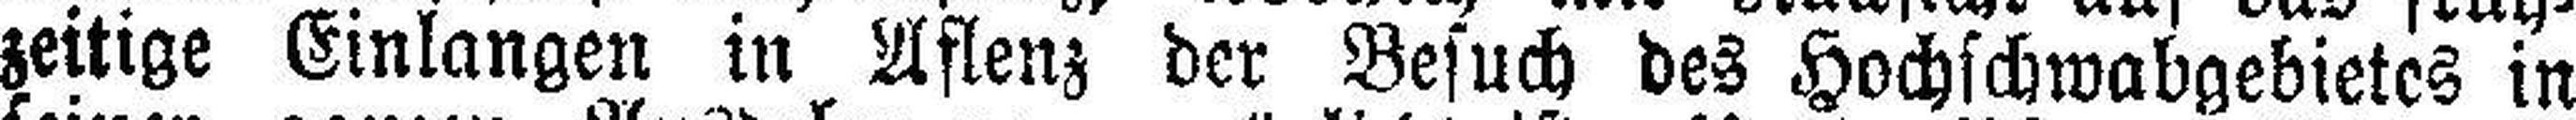
zeitige Einlangen in Aflenz der Besuch des Hochschwabgebietes in